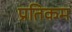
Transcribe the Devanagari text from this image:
प्रतिकम